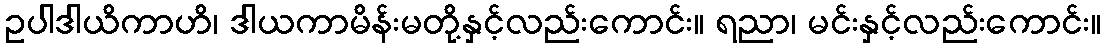
ဥပါဒါယိကာဟိ၊ ဒါယကာမိန်းမတို့နှင့်လည်းကောင်း။ ရညာ၊ မင်းနှင့်လည်းကောင်း။